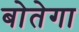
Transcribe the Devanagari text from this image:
बोतेगा